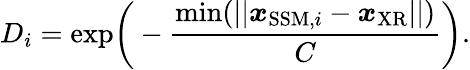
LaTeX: D_{i}=\mathrm{exp}\bigg(-\frac{\mathrm{min}(||\boldsymbol{x}_{\mathrm{SSM},i}-\boldsymbol{x}_{\mathrm{XR}}||)}{C}\bigg).